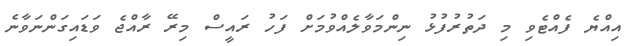
އިއްޔެ ފެއްޓެވި މި ދަތުރުފުޅު ނިންމަވާލެއްވުމަށް ފަހު ރައީސް މިރޭ ރާއްޖެ ވަޑައިގަންނަވާނެ